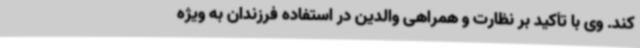
کند. وی با تأکید بر نظارت و همراهی والدین در استفاده فرزندان به ویژه